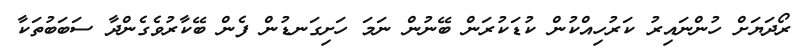
ރޯދަޔަށް ހުންނައިރު ކަރުހިއްކުން ކުޑަކުރަން ބޭނުން ނަމަ ހަށިގަނޑުން ފެން ބޭކާރުވެގެންދާ ސަބަބުތަކާ